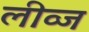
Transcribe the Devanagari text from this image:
लीव्ज